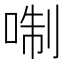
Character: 𠶜